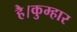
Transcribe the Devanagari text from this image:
है।कुम्हार